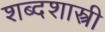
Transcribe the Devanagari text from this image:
शब्दशास्त्री